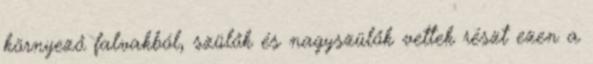
környező falvakból, szülők és nagyszülők vettek részt ezen a